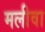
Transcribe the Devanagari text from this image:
मलीवा